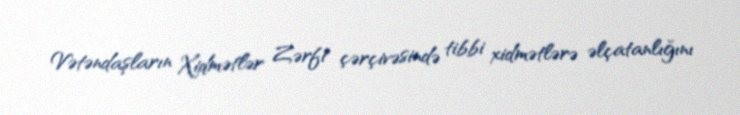
Vətəndaşların Xidmətlər Zərfi çərçivəsində tibbi xidmətlərə əlçatanlığını